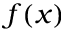
f ( x )